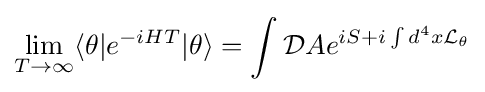
\lim _{T\rightarrow \infty }\langle \theta |e^{-iHT}|\theta \rangle =\int {\mathcal {D}}Ae^{iS+i\int d^{4}x{\mathcal {L}}_{\theta }}